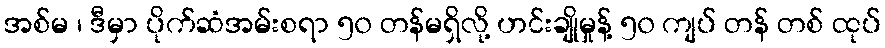
အစ်မ ၊ ဒီမှာ ပိုက်ဆံအမ်းစရာ ၅၀ တန်မရှိလို့ ဟင်းချိုမှုန့် ၅၀ ကျပ် တန် တစ် ထုပ်